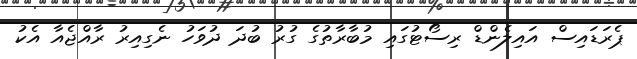
ޕެރަޑައިސް އައިލެންޑް ރިސޯޓުގައި މުބާރާތުގެ ގުރު ބުދަ ދުވަހު ނެގިއިރު ރާއްޖެއާ އެކު